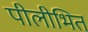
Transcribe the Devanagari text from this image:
पीलीभित